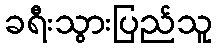
ခရီးသွားပြည်သူ